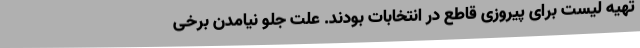
تهیه لیست برای پیروزی قاطع در انتخابات بودند. علت جلو نیامدن برخی